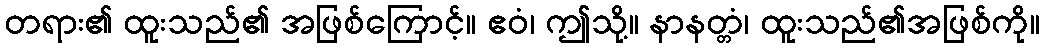
တရား၏ ထူးသည်၏ အဖြစ်ကြောင့်။ ဧဝံ၊ ဤသို့။ နာနတ္တံ၊ ထူးသည်၏အဖြစ်ကို။